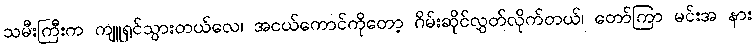
သမီးကြီးက ကျူရှင်သွားတယ်လေ၊ အငယ်ကောင်ကိုတော့ ဂိမ်းဆိုင်လွှတ်လိုက်တယ်၊ တော်ကြာ မင်းအ နား